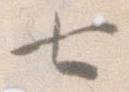
七